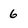
Character: 6